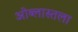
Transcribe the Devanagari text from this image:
ओब्लास्तला